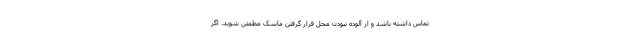
تماس داشته باشد و از آلوده نبودن محل قرار گرفتن ماسک مطمئن شوید. اگر